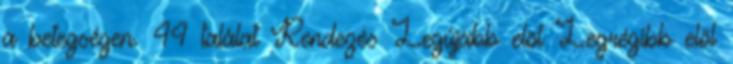
a betegségen. 44 találat Rendezés Legújabb elöl Legrégibb elöl